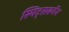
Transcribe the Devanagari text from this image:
स्पिट्सबर्गेन